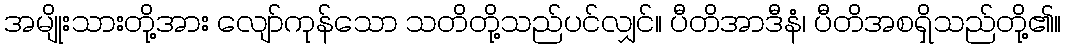
အမျိုးသားတို့အား လျော်ကုန်သော သတိတို့သည်ပင်လျှင်။ ပီတိအာဒီနံ၊ ပီတိအစရှိသည်တို့၏။